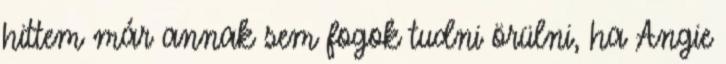
hittem már annak sem fogok tudni örülni, ha Angie